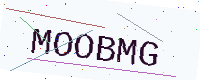
Text: MOOBMG